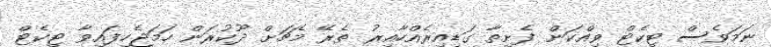
ނަމަވެސް ޓިކެޓް ވިއްކަން ފެށިތާ ގަޑިއިރެއްހާއިރު ތެރޭ މެޗަށް ދޫކުރަން ހަމަޖެހިފައިވާ ޓިކެޓް